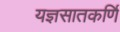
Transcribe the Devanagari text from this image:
यज्ञसातकर्णि